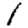
Digit: 1